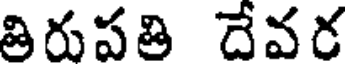
తిరుపతి దేవర